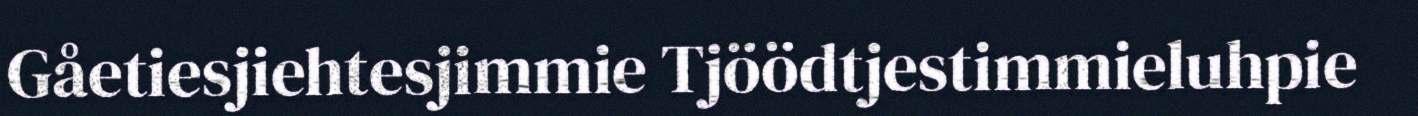
Gåetiesjiehtesjimmie Tjöödtjestimmieluhpie